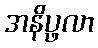
အနိပ္ဖလာ